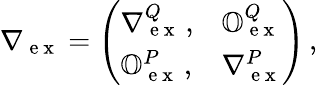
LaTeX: \nabla{}_{\mathrm{~e~x~}}=\left(\begin{array}{ll}{\nabla{}_{\mathrm{~e~x~}}^{Q}\, ,}&{\mathbb{O}_{\mathrm{~e~x~}}^{Q}}\\ {\mathbb{O}_{\mathrm{~e~x~}}^{P}\, ,}&{\nabla{}_{\mathrm{~e~x~}}^{P}}\end{array}\right)\, ,